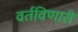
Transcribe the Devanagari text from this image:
वर्तविणारी